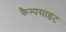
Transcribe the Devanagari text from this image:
कैम्पसाइट